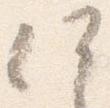
何